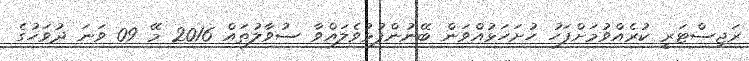
ރަޖިސްޓަރީ ކުރެއްވުމަށްފަހު ހުށަހަޅުއްވަން ބޭނުންފުޅުވެލައްވާ ސުވާލުތައް 2016 މޭ 09 ވަނަ ދުވަހުގެ